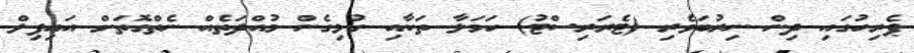
ޕެރިހުގައި ދިން ނިރުބަވެރި (ޓެރަރިސްޓު) ހަމަލާ ތަކާއި ގުޅިގެން މުއްދަތެއް ނެތްގޮތަށް އައިފިލް